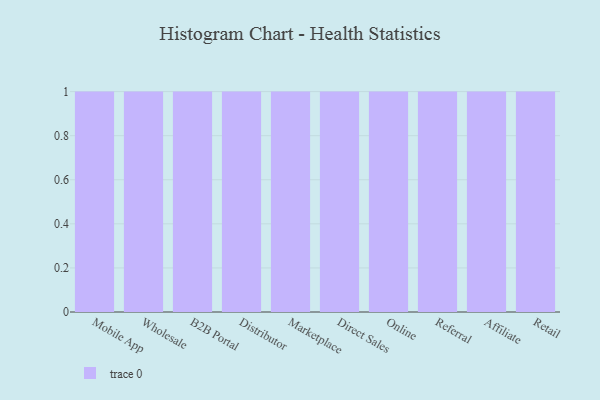
{"axis": {"x": "Channel", "y": "Temperature (°C)"}, "legend": [""], "data": [{"x": "Mobile App", "y": 45, "type": ""}, {"x": "Wholesale", "y": 56, "type": ""}, {"x": "B2B Portal", "y": 76, "type": ""}, {"x": "Distributor", "y": 22, "type": ""}, {"x": "Marketplace", "y": 27, "type": ""}, {"x": "Direct Sales", "y": 37, "type": ""}, {"x": "Online", "y": 81, "type": ""}, {"x": "Referral", "y": 37, "type": ""}, {"x": "Affiliate", "y": 72, "type": ""}, {"x": "Retail", "y": 83, "type": ""}]}